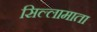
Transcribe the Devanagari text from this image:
सिल्लामाता